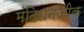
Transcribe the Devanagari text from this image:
मंदिरानजीक